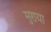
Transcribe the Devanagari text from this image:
मुराया